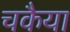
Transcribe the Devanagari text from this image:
चकैया